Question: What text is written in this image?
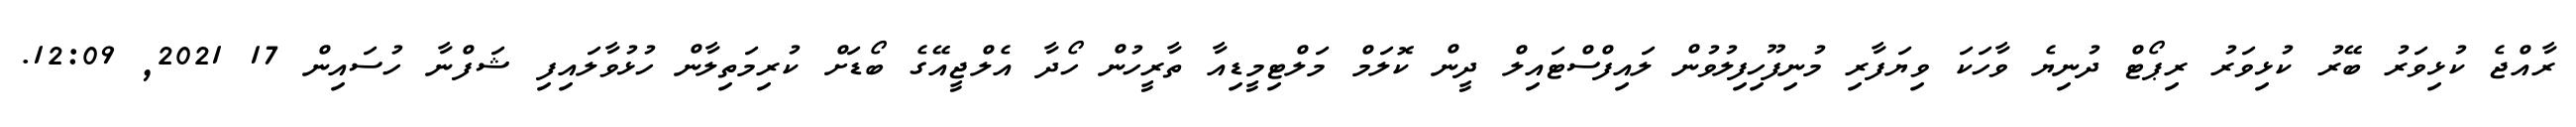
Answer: ރާއްޖެ ކުޅިވަރު ބޭރު ކުޅިވަރު ރިޕޯޓް ދުނިޔެ ވާހަކަ ވިޔަފާރި މުނިފޫހިފިލުވުން ލައިފްސްޓައިލް ދީން ކޮލަމް މަލްޓިމީޑިއާ ތާރީހުން ހޯދާ އެލްޖީއޭގެ ބޯޑަށް ކުރިމަތިލާން ހުޅުވާލައިފި ޝަފްނާ ހުސައިން 17 2021, 12:09.